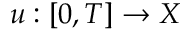
u : [ 0 , T ] \to X